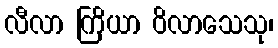
လီလာ ကြိယာ ဝိလာသေသု၊